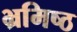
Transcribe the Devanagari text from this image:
भ्रमिष्ठ